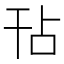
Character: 𭙀